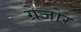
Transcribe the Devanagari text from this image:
ग्रेजोर